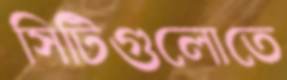
সিটিগুলোতে